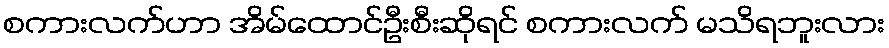
စကားလက်ဟာ အိမ်ထောင်ဦးစီးဆိုရင် စကားလက် မသိရဘူးလား